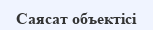
Саясат объектісі